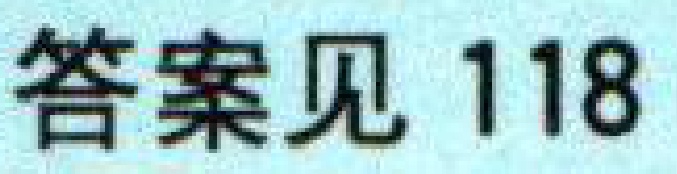
答案见 118